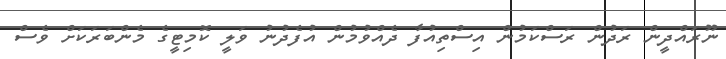
ނޫރައްދީން ރަދުން ރަސްކަމުން އިސްތިއުފާ ދެއްވުމުން އުފެދުނު ވަލީ ކޮމިޓީގެ މެންބަރަކަށް ވެސް